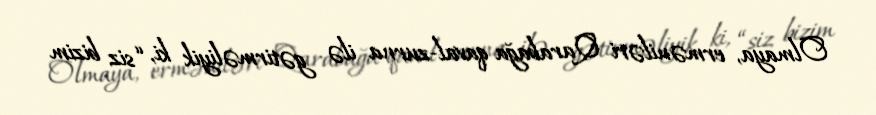
Olmaya, erməniləri Qarabağa qaval-zurna ilə gətirməliyik ki, “siz bizim